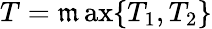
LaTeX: T=\operatorname*{\mathfrak{m}ax}\{ T_{1},T_{2}\}